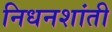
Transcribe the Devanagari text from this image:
निधनशांती